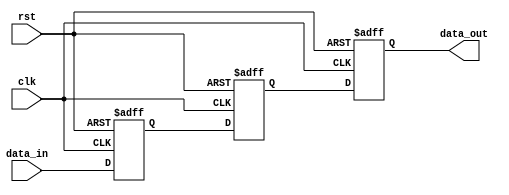
module three_flop_synchronizer (
    input wire clk,      // Common clock signal
    input wire rst,      // Reset signal
    input wire data_in,  // Input data signal
    output reg data_out  // Output synchronized data signal
);

// Flip-flop 1
reg d1;
always @(posedge clk or posedge rst) begin
    if (rst) begin
        d1 <= 1'b0;
    end else begin
        d1 <= data_in;
    end
end

// Flip-flop 2
reg d2;
always @(posedge clk or posedge rst) begin
    if (rst) begin
        d2 <= 1'b0;
    end else begin
        d2 <= d1;
    end
end

// Flip-flop 3
always @(posedge clk or posedge rst) begin
    if (rst) begin
        data_out <= 1'b0;
    end else begin
        data_out <= d2;
    end
end

endmodule